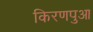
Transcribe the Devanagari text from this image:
किरणपुआ